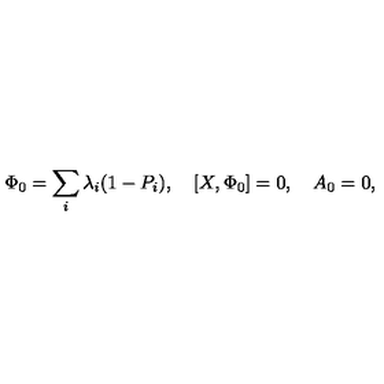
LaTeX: \Phi _ { 0 } = \sum _ { i } \lambda _ { i } ( 1 - P _ { i } ) , \quad [ X , \Phi _ { 0 } ] = 0 , \quad A _ { 0 } = 0 ,